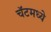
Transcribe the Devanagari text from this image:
चॅटमध्ये